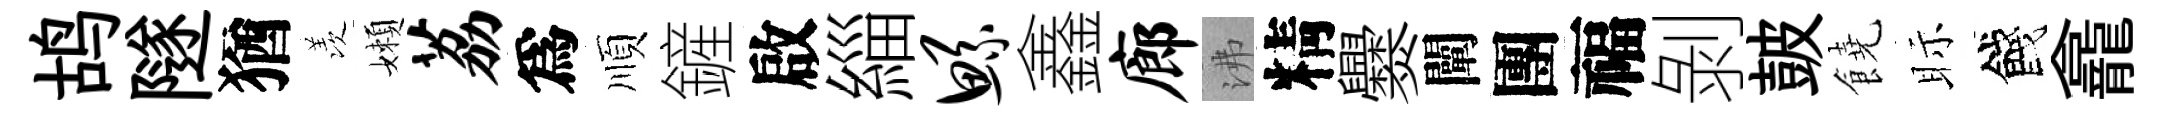
鸪隧猶羡嬾荔爲順鏟啟緇鲧鑫廊沸精爨闡團福剝皷饒眎餞龕